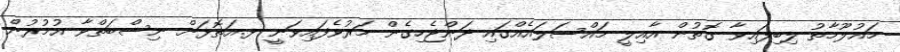
މައުލޫމާތު ލިބިފައިވާ ގޮތުން އާއިލީ މައްސަލައެއްގައި ދަންޖެހިގެން މަރުވެފައިވަނީ ޅ.އަތޮޅަށް ނިސްބަތްވާ އުމުރުން